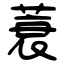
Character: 蓑